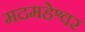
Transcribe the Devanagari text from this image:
मदमहेश्वर